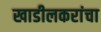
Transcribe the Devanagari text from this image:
खाडीलकरांचा